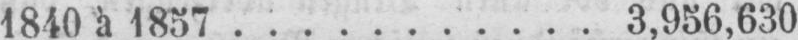
1840 à 1857........... 3,956,630